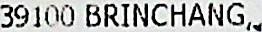
39100 BRINCHANG,